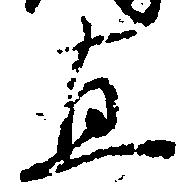
直